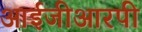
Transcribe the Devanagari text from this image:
आईजीआरपी